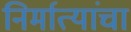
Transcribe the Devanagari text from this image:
निर्मात्यांचा